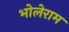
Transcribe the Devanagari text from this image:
भोलेराम